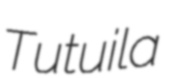
Tutuila